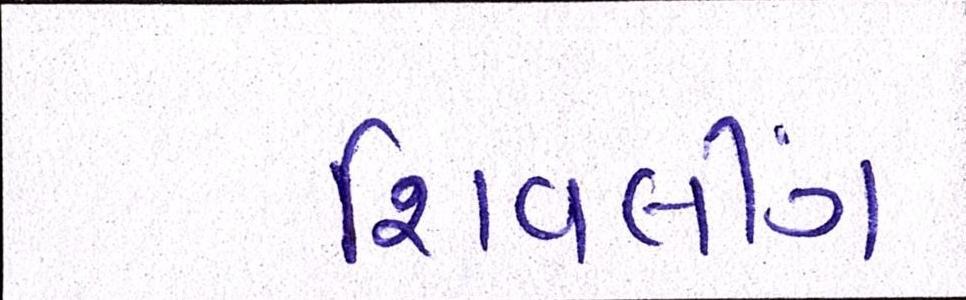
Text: શિવલીંગ